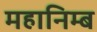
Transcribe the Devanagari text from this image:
महानिम्ब